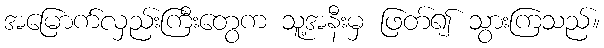
အမြောက်လှည်းကြီးတွေက သူ့အနီးမှ ဖြတ်၍ သွားကြသည်။